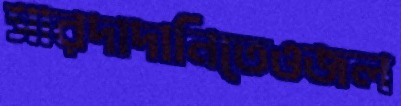
সারদাদানিতেওজল